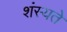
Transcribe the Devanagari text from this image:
शंस्यते